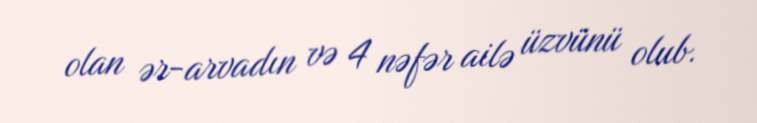
olan ər-arvadın və 4 nəfər ailə üzvünü olub.